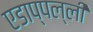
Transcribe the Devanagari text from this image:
एडाप्पल्ली